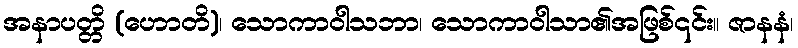
အနာပတ္တိ (ဟောတိ)၊ သောကာဝါသဘာ၊ သောကာဝါသာ၏အဖြစ်၎င်း။ ဇာနနံ၊